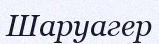
Шаруагер